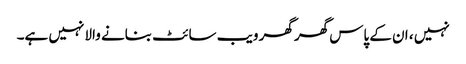
نہیں ، ان کے پاس گھر گھر ویب سائٹ بنانے والا نہیں ہے۔